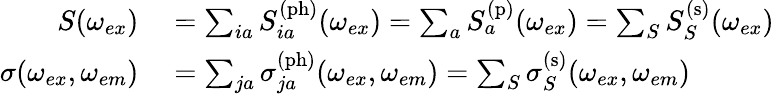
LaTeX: \begin{array}{rl}{S(\omega_{ex})}&{{}=\sum_{ia}S_{ia}^{\mathrm{(ph)}}(\omega_{ex})=\sum_{a}S_{a}^{\mathrm{(p)}}(\omega_{ex})=\sum_{S}S_{S}^{\mathrm{(s)}}(\omega_{ex})}\\ {\sigma(\omega_{ex},\omega_{em})}&{{}=\sum_{ja}\sigma_{ja}^{\mathrm{(ph)}}(\omega_{ex},\omega_{em})=\sum_{S}\sigma_{S}^{\mathrm{(s)}}(\omega_{ex},\omega_{em})}\end{array}